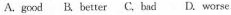
A.gcod B.better C,bad D. worse